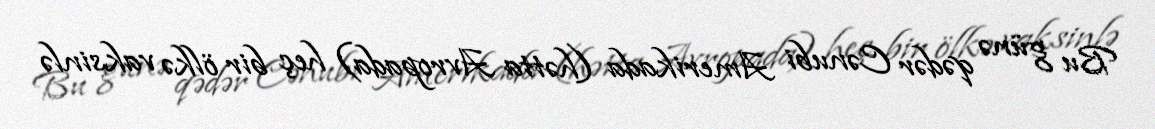
Bu günə qədər Cənubi Amerikada (hətta Avropada) heç bir ölkə vaksinlə